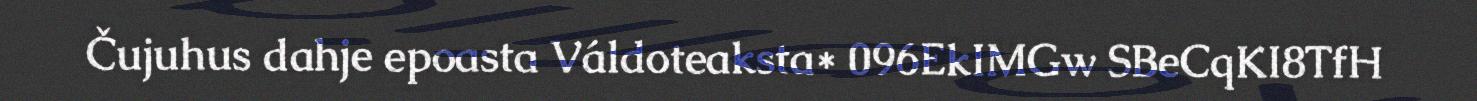
Čujuhus dahje epoasta Váldoteaksta* 096EkIMGw SBeCqKI8TfH